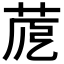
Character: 𦱼